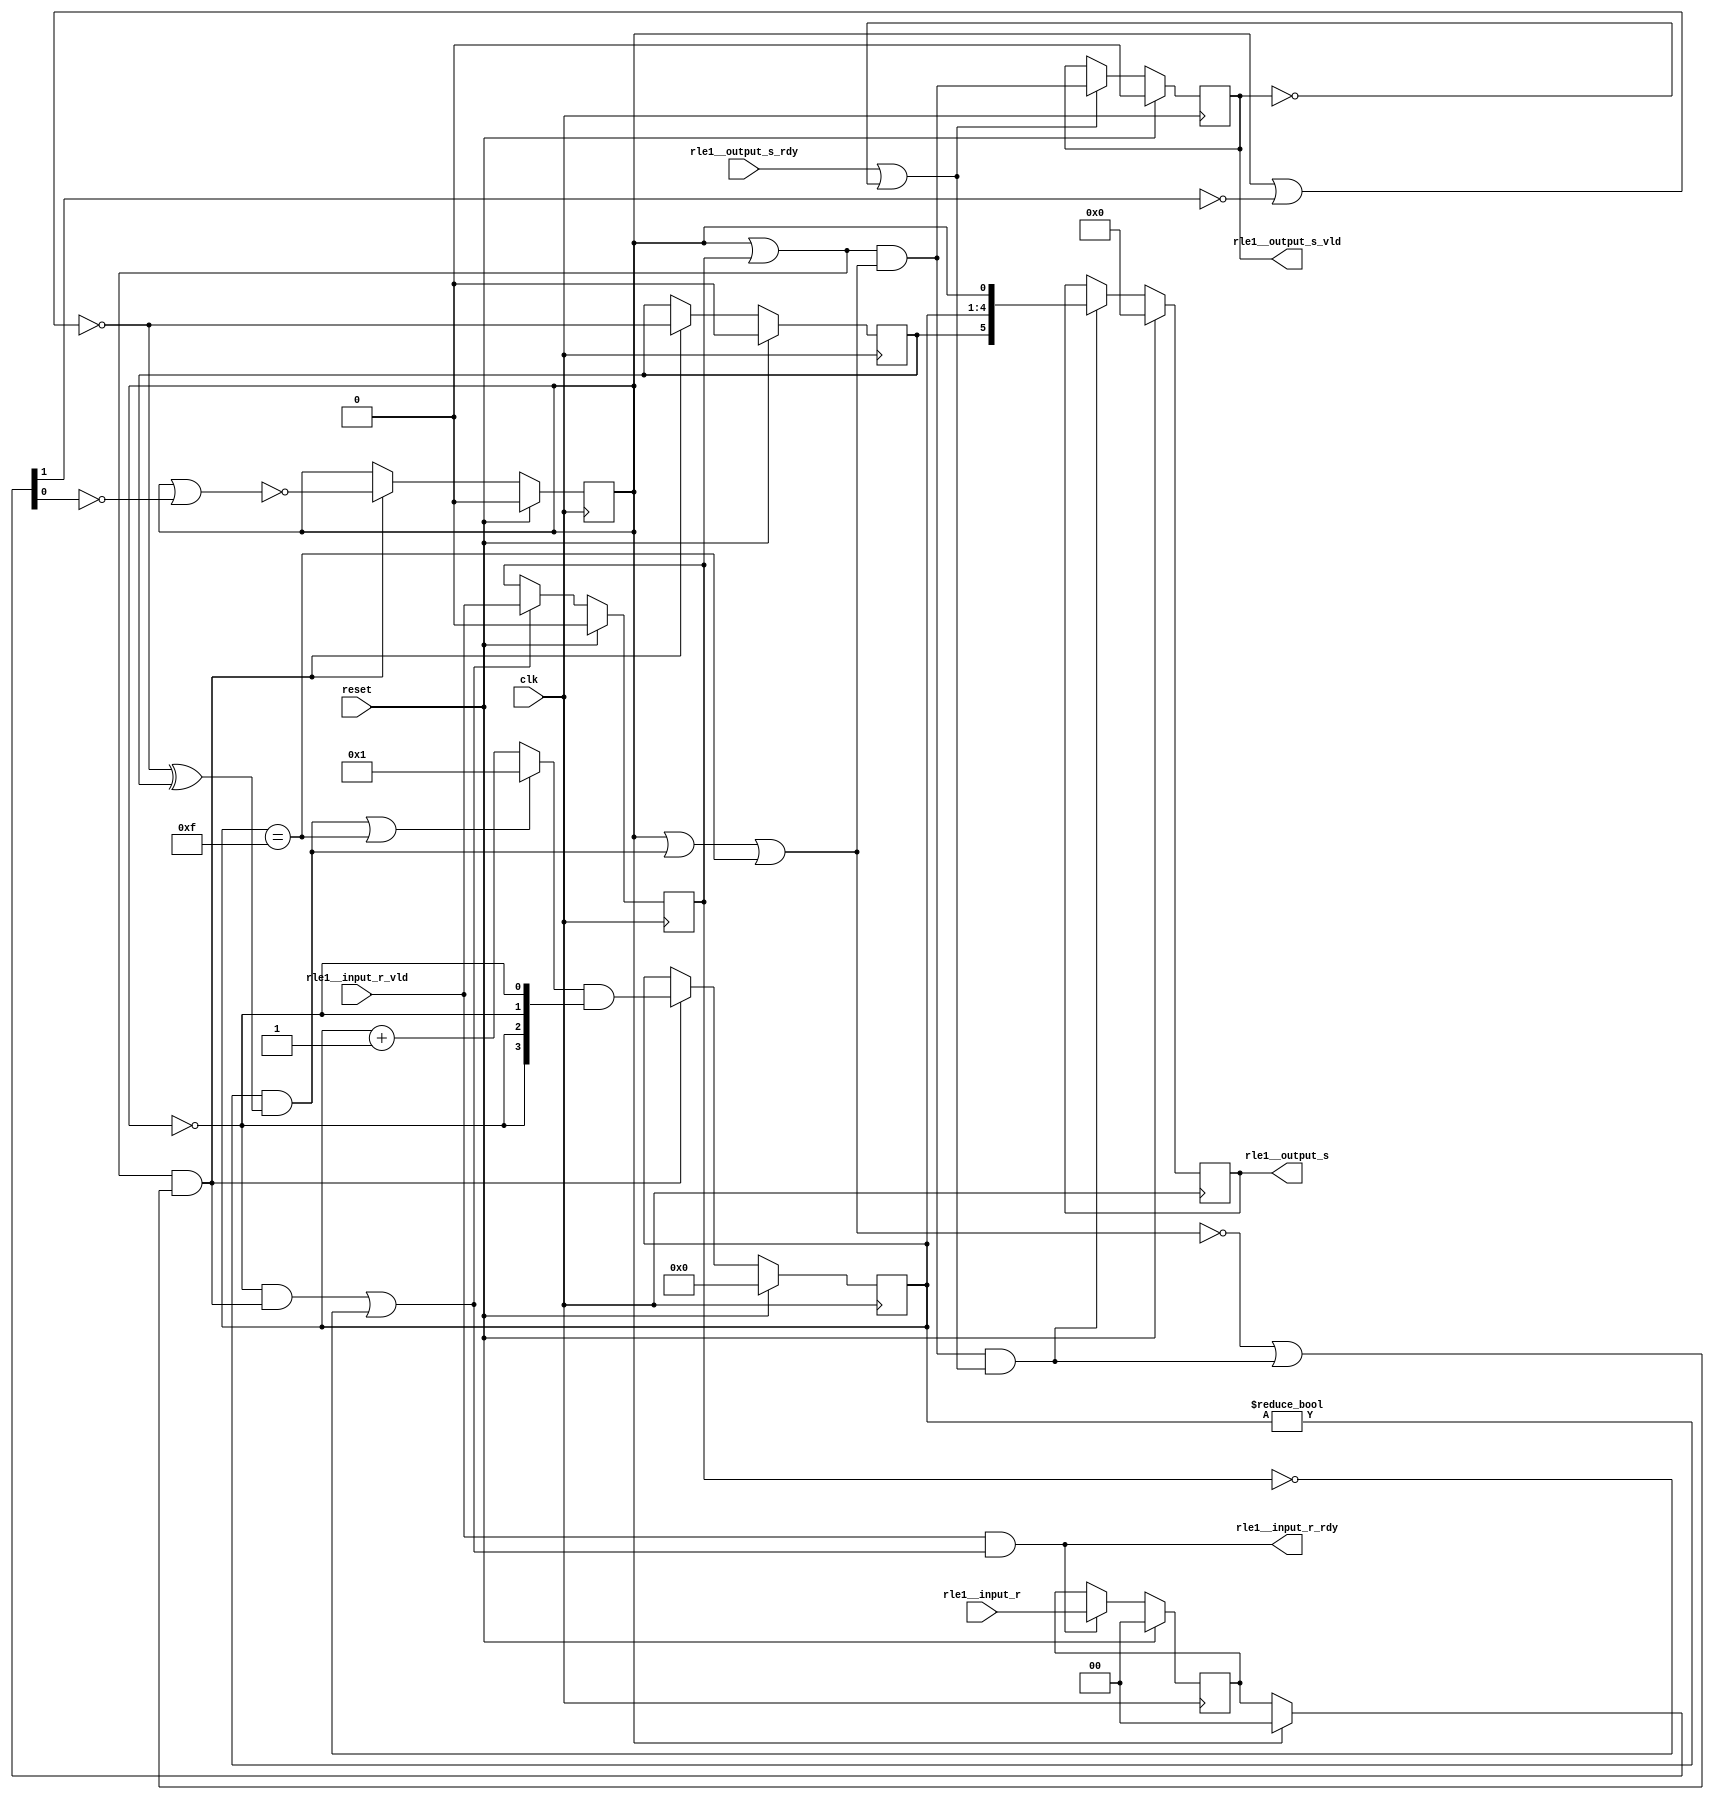
module rle1_enc(
  input wire clk,
  input wire reset,
  input wire [1:0] rle1__input_r,
  input wire rle1__input_r_vld,
  input wire rle1__output_s_rdy,
  output wire [5:0] rle1__output_s,
  output wire rle1__output_s_vld,
  output wire rle1__input_r_rdy
);
  wire [1:0] __rle1__input_r_reg_init;
  assign __rle1__input_r_reg_init = {1'h0, 1'h0};
  wire [5:0] __rle1__output_s_reg_init;
  assign __rle1__output_s_reg_init = {1'h0, 4'h0, 1'h0};
  wire [1:0] literal_200;
  assign literal_200 = {1'h0, 1'h0};
  reg ____state_2;
  reg [3:0] ____state_1;
  reg ____state_0;
  reg [1:0] __rle1__input_r_reg;
  reg __rle1__input_r_valid_reg;
  reg [5:0] __rle1__output_s_reg;
  reg __rle1__output_s_valid_reg;
  wire [1:0] rle1__input_r_select;
  wire input_symbol;
  wire prev_symbol_valid;
  wire rle1__input_r_not_pred;
  wire symbol_differ;
  wire overflow;
  wire or_235;
  wire p0_all_active_states_valid;
  wire do_send;
  wire rle1__output_s_valid_inv;
  wire __rle1__output_s_vld_buf;
  wire rle1__output_s_valid_load_en;
  wire rle1__output_s_load_en;
  wire p0_all_active_states_ready;
  wire p0_stage_done;
  wire pipeline_enable;
  wire [3:0] add_218;
  wire rle1__input_r_valid_inv;
  wire rle1__input_r_valid_load_en;
  wire [3:0] count;
  wire last;
  wire rle1__input_r_load_en;
  wire [5:0] __rle1__output_s_buf;
  assign rle1__input_r_select = ~____state_2 ? __rle1__input_r_reg : literal_200;
  assign input_symbol = ~(____state_2 | ~rle1__input_r_select[1:1]);
  assign prev_symbol_valid = ____state_1 != 4'h0;
  assign rle1__input_r_not_pred = ~(~____state_2);
  assign symbol_differ = prev_symbol_valid & (input_symbol ^ ____state_0);
  assign overflow = ____state_1 == 4'hf;
  assign or_235 = rle1__input_r_not_pred | __rle1__input_r_valid_reg;
  assign p0_all_active_states_valid = 1'h1;
  assign do_send = ____state_2 | symbol_differ | overflow;
  assign rle1__output_s_valid_inv = ~__rle1__output_s_valid_reg;
  assign __rle1__output_s_vld_buf = or_235 & p0_all_active_states_valid & 1'h1 & do_send;
  assign rle1__output_s_valid_load_en = rle1__output_s_rdy | rle1__output_s_valid_inv;
  assign rle1__output_s_load_en = __rle1__output_s_vld_buf & rle1__output_s_valid_load_en;
  assign p0_all_active_states_ready = 1'h1;
  assign p0_stage_done = p0_all_active_states_valid & or_235 & (~do_send | rle1__output_s_load_en) & p0_all_active_states_ready;
  assign pipeline_enable = p0_stage_done & p0_stage_done;
  assign add_218 = ____state_1 + 4'h1;
  assign rle1__input_r_valid_inv = ~__rle1__input_r_valid_reg;
  assign rle1__input_r_valid_load_en = ~____state_2 & pipeline_enable | rle1__input_r_valid_inv;
  assign count = (symbol_differ | overflow ? 4'h1 : add_218) & {4{~____state_2}};
  assign last = ~(____state_2 | ~rle1__input_r_select[0:0]);
  assign rle1__input_r_load_en = rle1__input_r_vld & rle1__input_r_valid_load_en;
  assign __rle1__output_s_buf = {____state_0, ____state_1, ____state_2};
  always @ (posedge clk) begin
    if (reset) begin
      ____state_2 <= 1'h0;
      ____state_1 <= 4'h0;
      ____state_0 <= 1'h0;
      __rle1__input_r_reg <= __rle1__input_r_reg_init;
      __rle1__input_r_valid_reg <= 1'h0;
      __rle1__output_s_reg <= __rle1__output_s_reg_init;
      __rle1__output_s_valid_reg <= 1'h0;
    end else begin
      ____state_2 <= pipeline_enable ? last : ____state_2;
      ____state_1 <= pipeline_enable ? count : ____state_1;
      ____state_0 <= pipeline_enable ? input_symbol : ____state_0;
      __rle1__input_r_reg <= rle1__input_r_load_en ? rle1__input_r : __rle1__input_r_reg;
      __rle1__input_r_valid_reg <= rle1__input_r_valid_load_en ? rle1__input_r_vld : __rle1__input_r_valid_reg;
      __rle1__output_s_reg <= rle1__output_s_load_en ? __rle1__output_s_buf : __rle1__output_s_reg;
      __rle1__output_s_valid_reg <= rle1__output_s_valid_load_en ? __rle1__output_s_vld_buf : __rle1__output_s_valid_reg;
    end
  end
  assign rle1__output_s = __rle1__output_s_reg;
  assign rle1__output_s_vld = __rle1__output_s_valid_reg;
  assign rle1__input_r_rdy = rle1__input_r_load_en;
endmodule